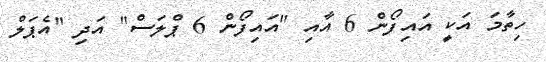
ހިތާމަ އަކީ އައިފޯން 6 އާއި "އައިފޯން 6 ޕްލަސް" އަދި "އެޕަލް